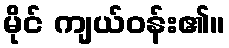
မိုင် ကျယ်ဝန်း၏။